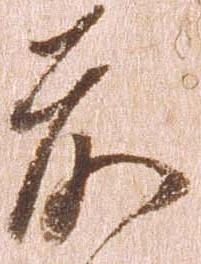
前